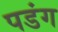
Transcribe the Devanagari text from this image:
पडंग